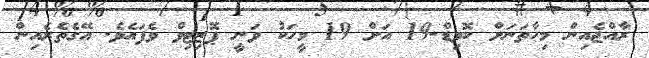
ރާއްޖެއިން މިހާތަނަށް ކޮވިޑް-19 އަށް 19 މީހަކު ވަނީ ޕޮޒިޓިވް ވެފައެވެ. އޭގެތެރެއިން